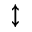
\updownarrow